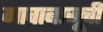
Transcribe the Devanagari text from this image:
गावाबाजूची